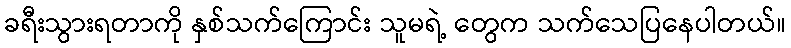
ခရီးသွားရတာကို နှစ်သက်ကြောင်း သူမရဲ့ တွေက သက်သေပြနေပါတယ်။